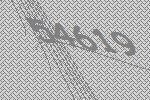
54619